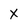
Character: x